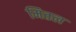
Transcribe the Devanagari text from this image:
मितल